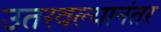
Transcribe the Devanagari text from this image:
उतरवल्यानंतर